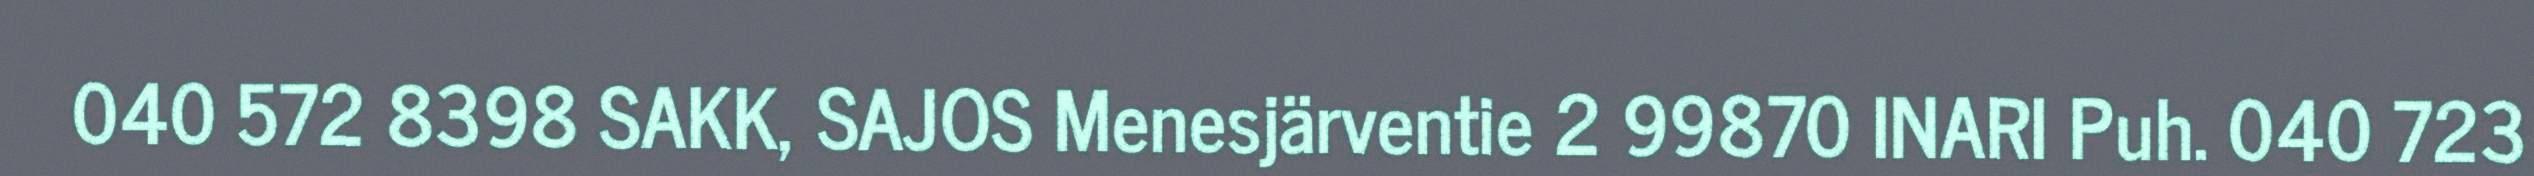
040 572 8398 SAKK, SAJOS Menesjärventie 2 99870 INARI Puh. 040 723